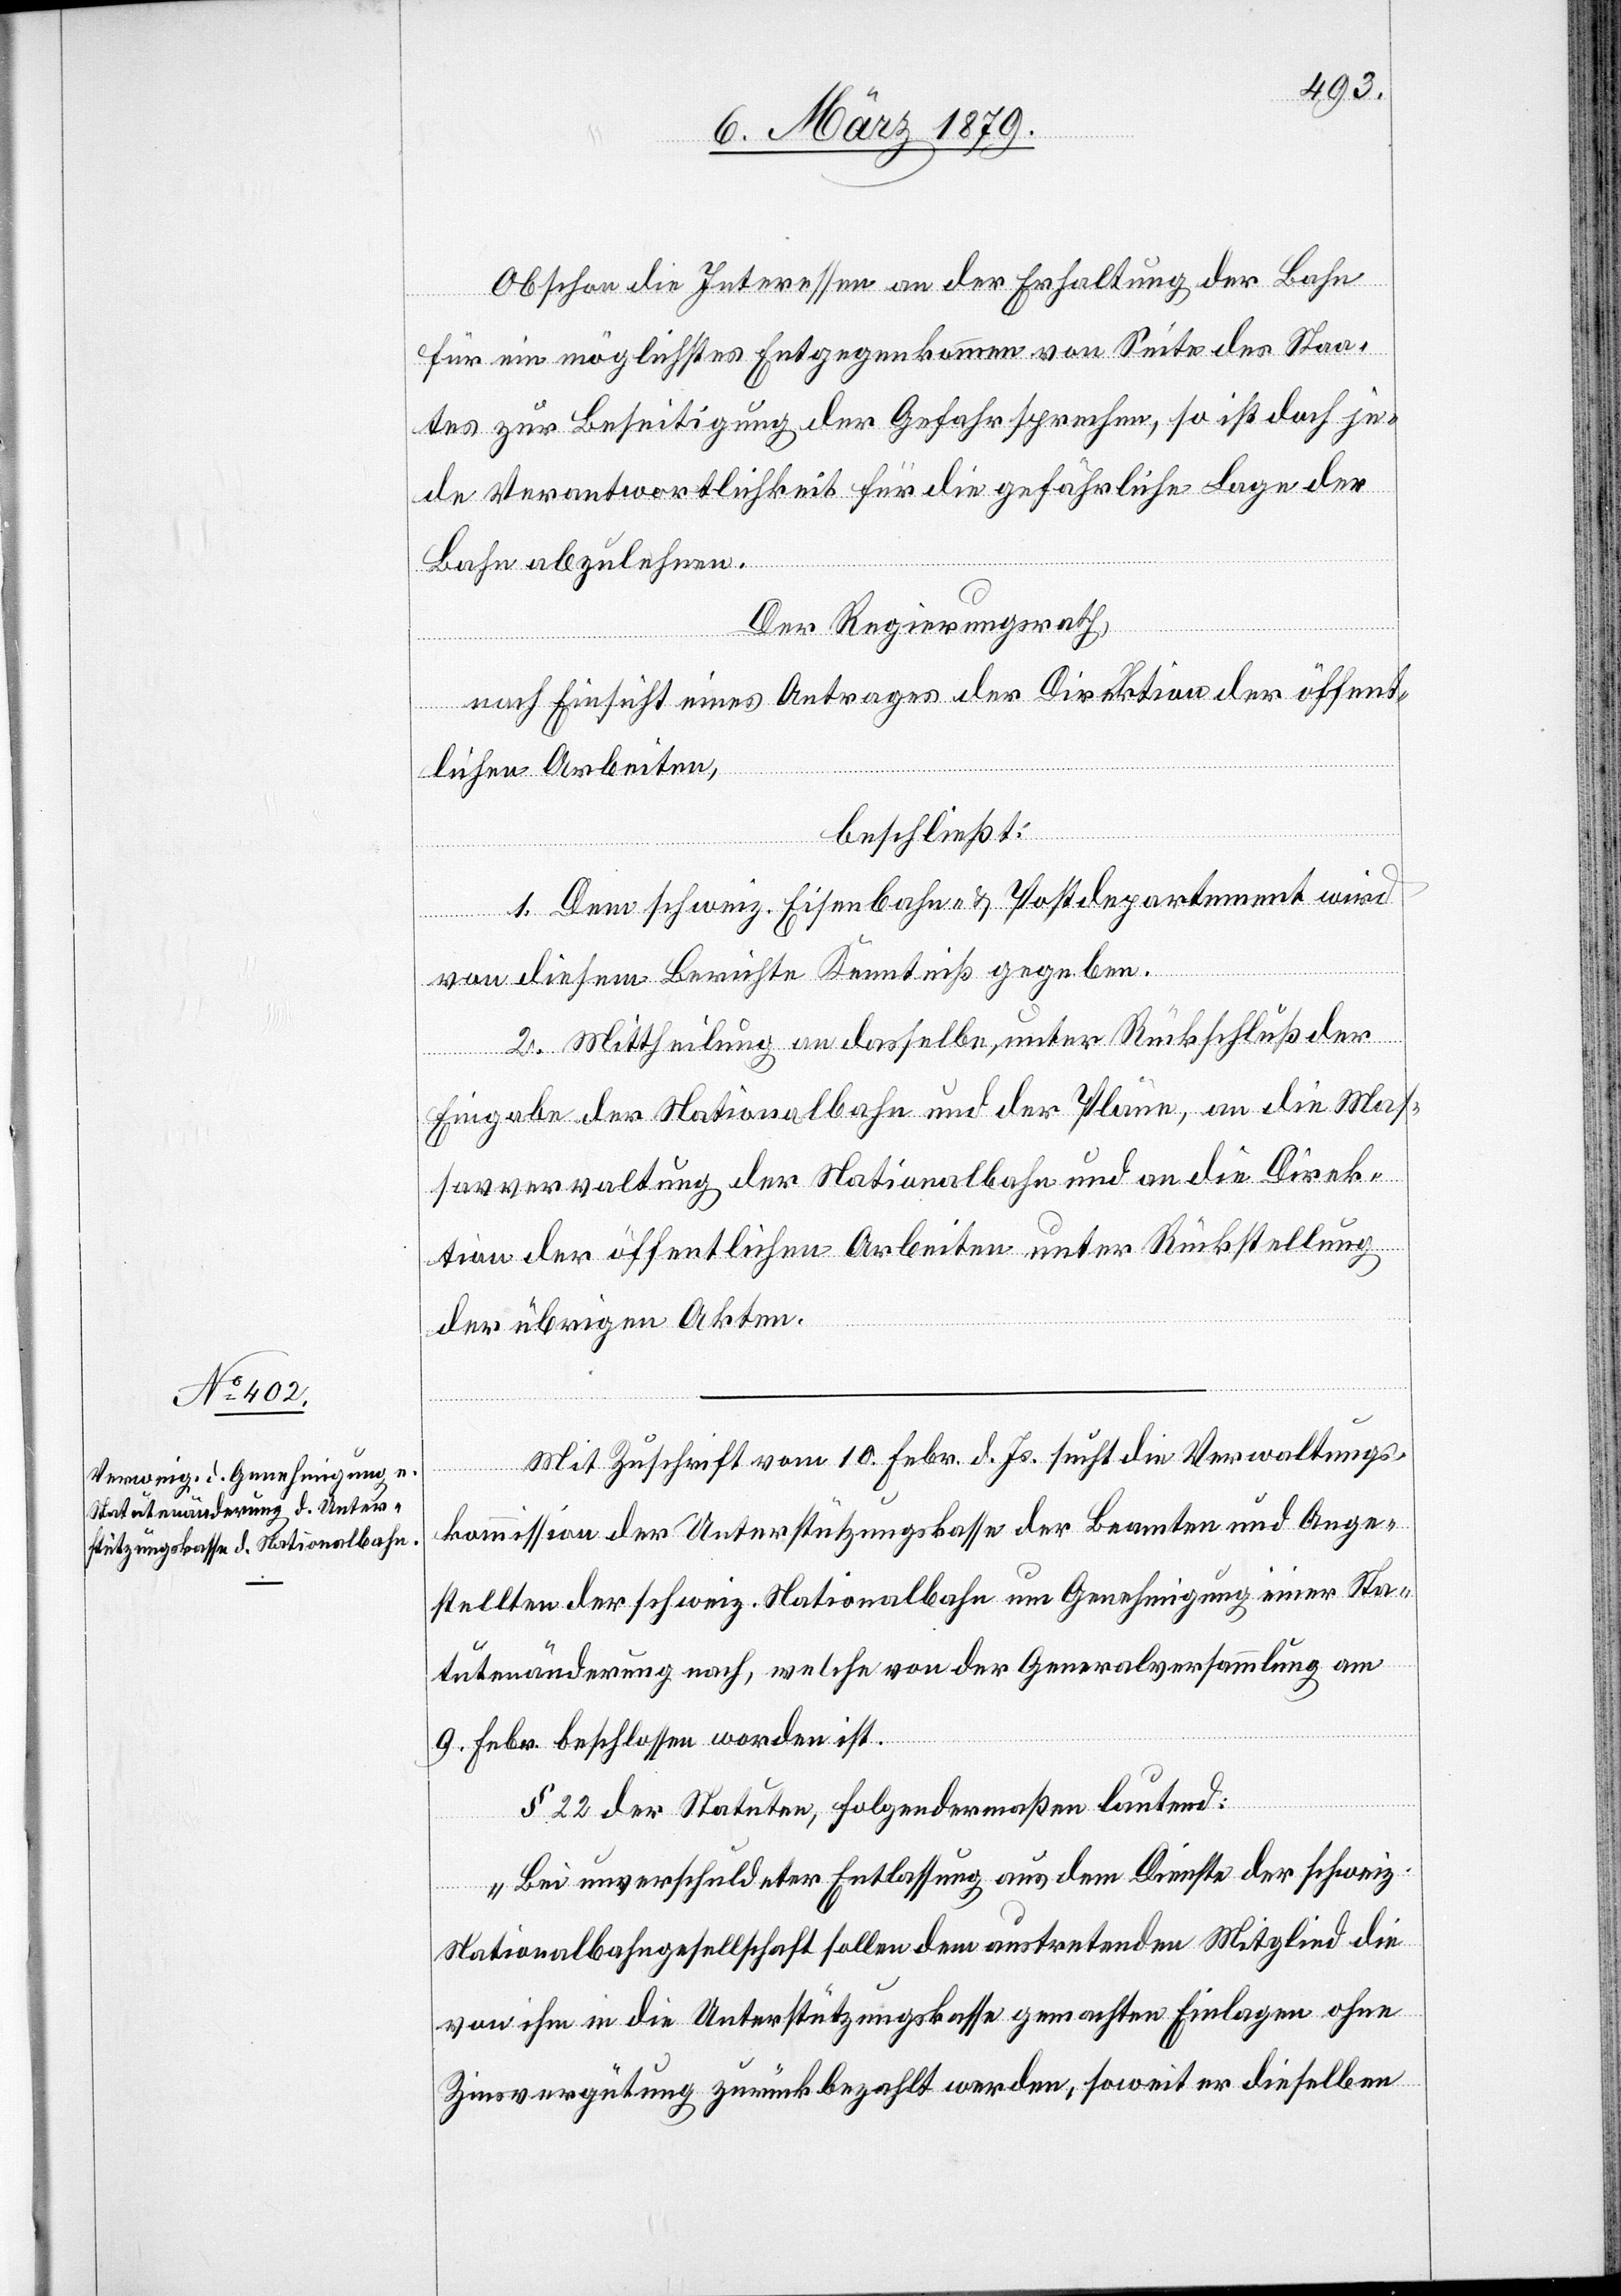
Obschon die Interessen an der Erhaltung der Bahn
für ein möglichstes Entgegenkommen von Seite des Staa¬
tes zur Beseitigung der Gefahr sprechen, so ist doch je¬
de Verantwortlichkeit für die gefährliche Lage der
Bahn abzulehnen.
Der Regierungsrath,
nach Einsicht eines Antrages der Direktion der öffent¬
lichen Arbeiten,
beschließt:
von diesem Berichte Kenntniß gegeben.
2. Mittheilung an dasselbe, unter Rückschluß der
Eingabe der Nationalbahn und der Pläne, an die Mas¬
saverwaltung der Nationalbahn und an die Direk¬
tion der öffentlichen Arbeiten unter Rückstellung
der übrigen Akten.
Mit Zuschrift vom 10. Febr. d. Js. sucht die Verwaltungs¬
artement
kommission der Unterstützungskasse der Beamten und Ange¬
stellten der schweiz. Nationalbahn um Genehmigung einer Sta¬
tutenänderung nach, welche von der Generalversammlung am
9. Febr. beschlossen worden ist.
§ 22 der Statuten, folgendermaßen lautend:
„Bei unverschuldeter Entlassung aus dem Dienste der schweiz.
1.
Nationalbahngesellschaft sollen dem austretenden Mitglied die
von ihm in die Unterstützungskasse gemachten Einlagen ohne
Zinsvergütung zurückbezahlt werden, soweit er dieselben